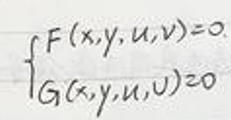
\begin{cases}
F(x,y,u,v) = 0\\
G(x,y,u,v) = 0
\end{cases}